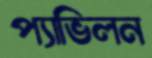
প্যাভিলন